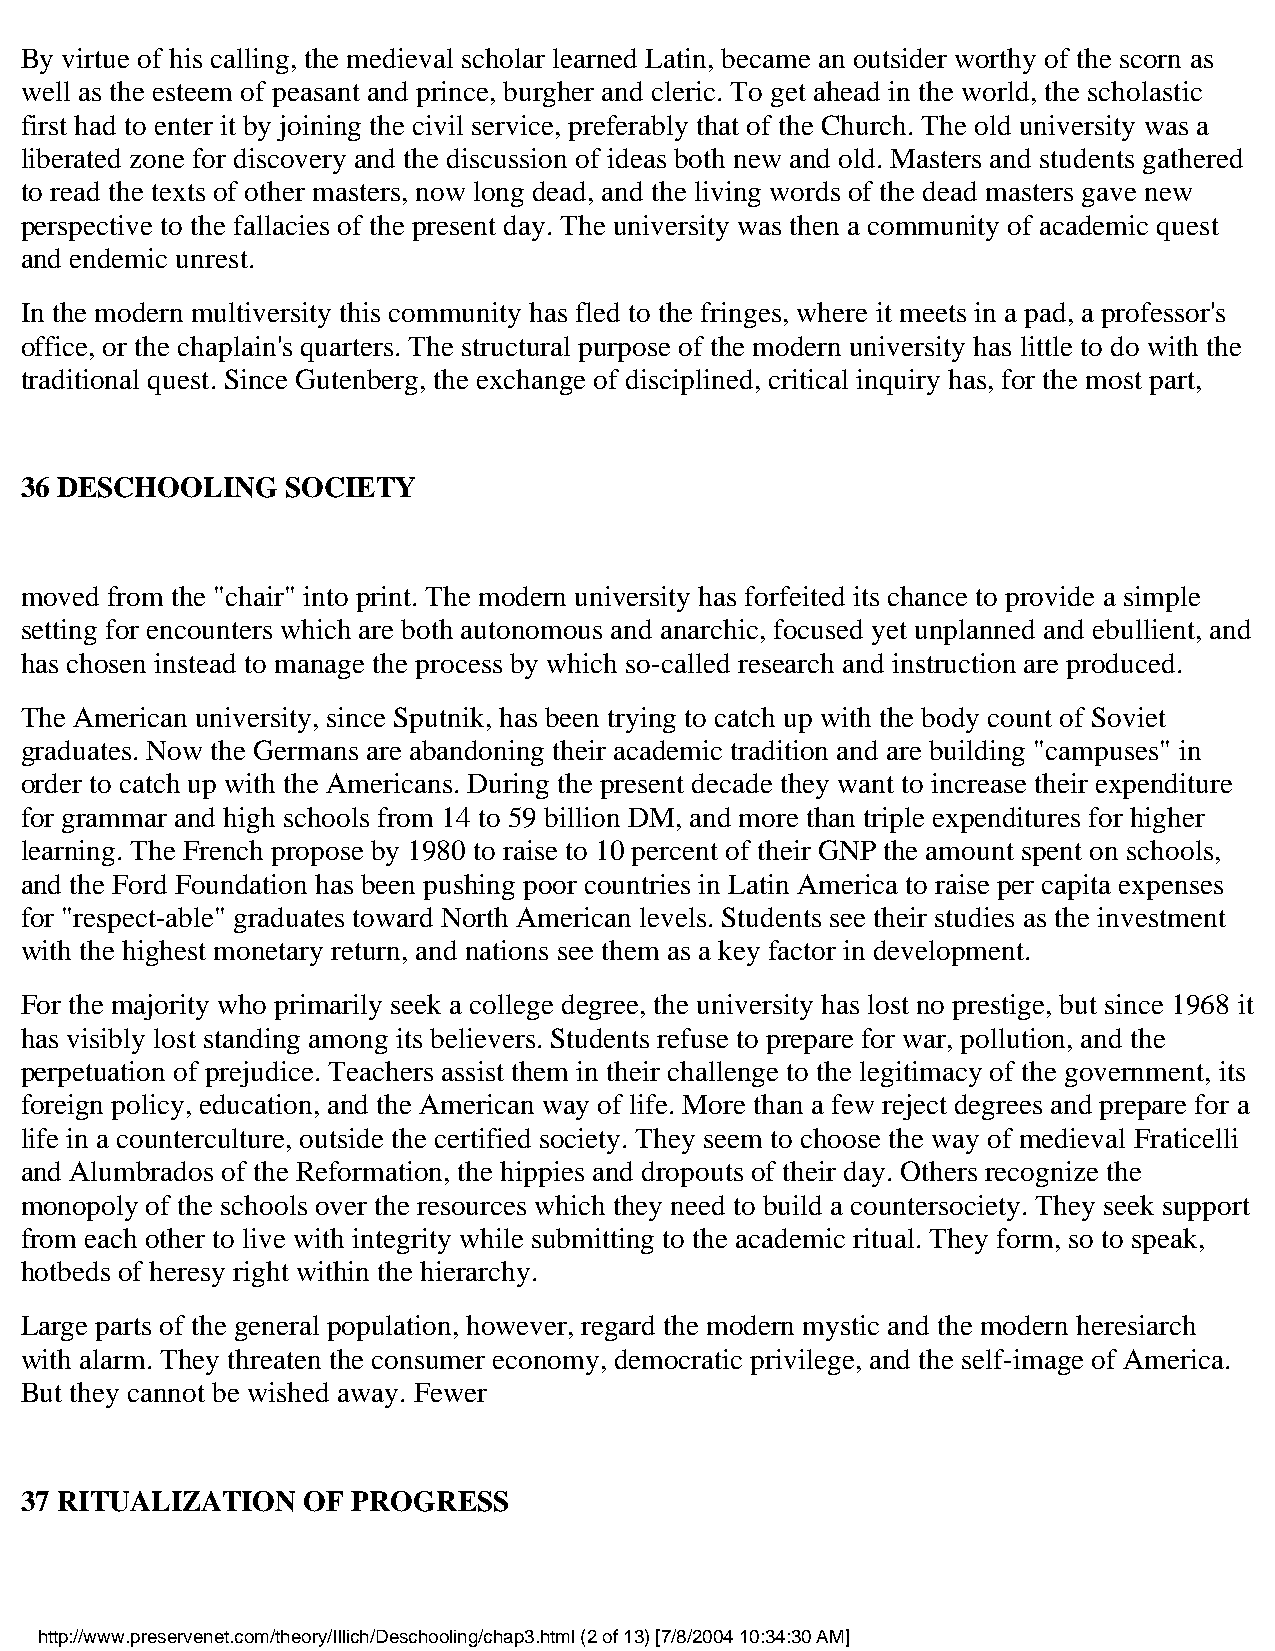
By virtue of his calling, the medieval scholar learned Latin, became an outsider worthy of the scorn as
 well as the esteem of peasant and prince, burgher and cleric. To get ahead in the world, the scholastic
 first had to enter it by joining the civil service, preferably that of the Church. The old university was a
 liberated zone for discovery and the discussion of ideas both new and old. Masters and students gathered
 to read the texts of other masters, now long dead, and the living words of the dead masters gave new
 perspective to the fallacies of the present day. The university was then a community of academic quest
 and endemic unrest.
 In the modern multiversity this community has fled to the fringes, where it meets in a pad, a professor's
 office, or the chaplain's quarters. The structural purpose of the modern university has little to do with the
 traditional quest. Since Gutenberg, the exchange of disciplined, critical inquiry has, for the most part,
 36 DESCHOOLING    SOCIETY
 moved from the "chair" into print. The modern university has forfeited its chance to provide a simple
 setting for encounters which are both autonomous and anarchic, focused yet unplanned and ebullient, and
 has chosen instead to manage the process by which so-called research and instruction are produced.
 The American university, since Sputnik, has been trying to catch up with the body count of Soviet
 graduates. Now the Germans are abandoning their academic tradition and are building "campuses" in
 order to catch up with the Americans. During the present decade they want to increase their expenditure
 for grammar and high schools from 14 to 59 billion DM, and more than triple expenditures for higher
 learning. The French propose by 1980 to raise to 10 percent of their GNP the amount spent on schools,
 and the Ford Foundation has been pushing poor countries in Latin America to raise per capita expenses
 for "respect-able" graduates toward North American levels. Students see their studies as the investment
 with the highest monetary return, and nations see them as a key factor in development.
 For the majority who primarily seek a college degree, the university has lost no prestige, but since 1968 it
 has visibly lost standing among its believers. Students refuse to prepare for war, pollution, and the
 perpetuation of prejudice. Teachers assist them in their challenge to the legitimacy of the government, its
 foreign policy, education, and the American way of life. More than a few reject degrees and prepare for a
 life in a counterculture, outside the certified society. They seem to choose the way of medieval Fraticelli
 and Alumbrados of the Reformation, the hippies and dropouts of their day. Others recognize the
 monopoly of the schools over the resources which they need to build a countersociety. They seek support
 from each other to live with integrity while submitting to the academic ritual. They form, so to speak,
 hotbeds of heresy right within the hierarchy.
 Large parts of the general population, however, regard the modern mystic and the modern heresiarch
 with alarm. They threaten the consumer economy, democratic privilege, and the self-image of America.
 But they cannot be wished away. Fewer
 37 RITUALIZATION   OF PROGRESS
 http://www.preservenet.com/theory/Illich/Deschooling/chap3.html (2 of 13) [7/8/2004 10:34:30 AM]